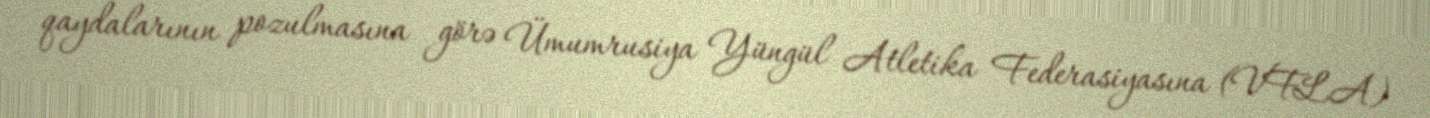
qaydalarının pozulmasına görə Ümumrusiya Yüngül Atletika Federasiyasına (VFLA)